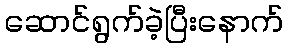
ဆောင်ရွက်ခဲ့ပြီးနောက်